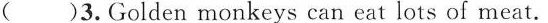
( )3.Golden monkeys can eat lots of meat.